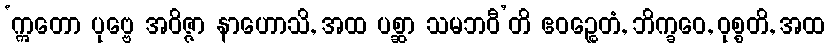
‘ဣတော ပုဗ္ဗေ အဝိဇ္ဇာ နာဟောသိ, အထ ပစ္ဆာ သမဘဝီ’တိ ဧဝဉ္စေတံ, ဘိက္ခဝေ, ဝုစ္စတိ, အထ